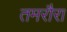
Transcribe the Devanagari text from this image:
तमरौरा